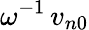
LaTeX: \omega^{-1}\, v_{n0}